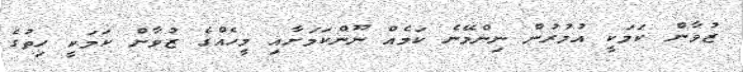
ޒުވާން ކަމަކީ އުމުރުން ނިންމޭނެ ކަމެއް ނޫންކަމަށާއި މީހެއްގެ ޒުވާން ކަމަކީ ހިތުގެ